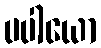
ပပါယော